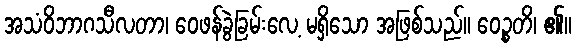
အသံဝိဘာဂသီလတာ၊ ဝေဖန်ခွဲခြမ်းလေ့ မရှိသော အဖြစ်သည်။ ဝေဉ္စတိ၊ ၏။